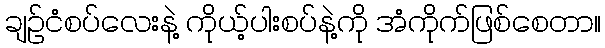
ချဉ်ငံစပ်လေးနဲ့ ကိုယ့်ပါးစပ်နဲ့ကို အံကိုက်ဖြစ်စေတာ။